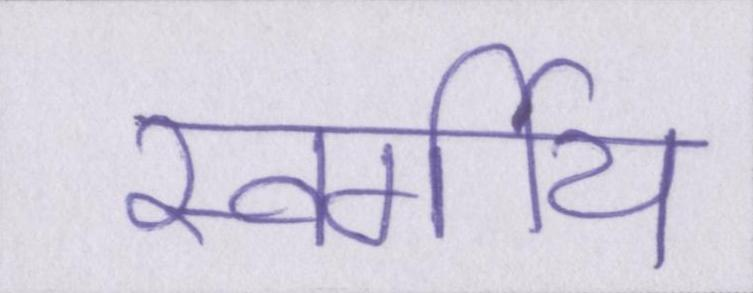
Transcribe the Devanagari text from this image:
स्वर्गीय